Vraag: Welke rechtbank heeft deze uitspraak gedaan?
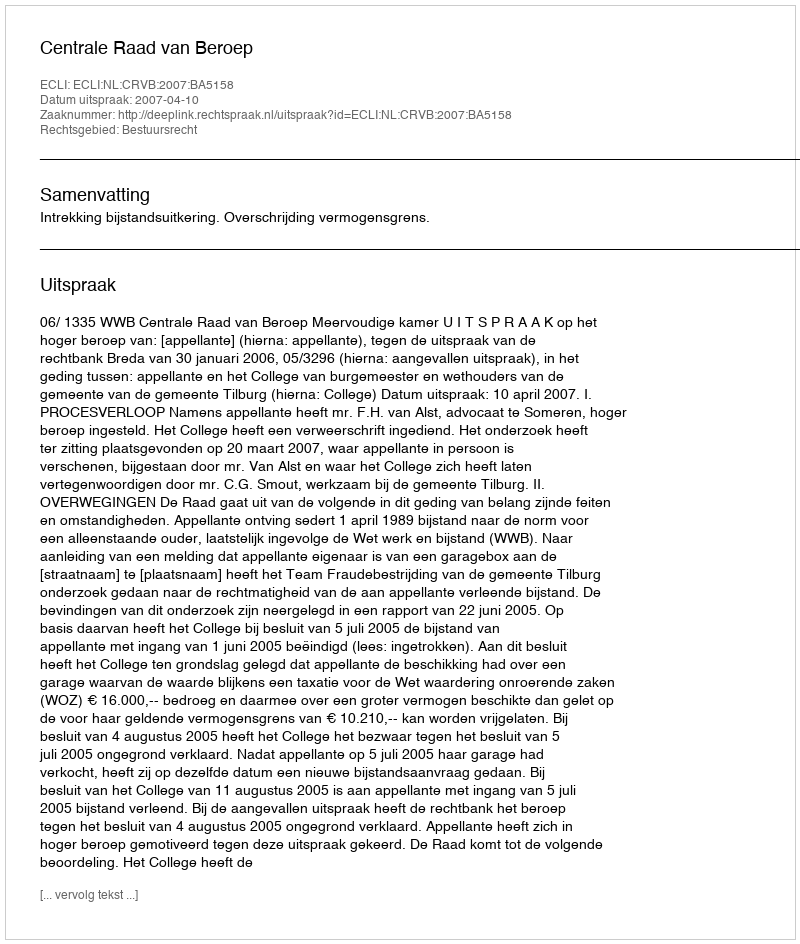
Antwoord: Centrale Raad van Beroep